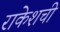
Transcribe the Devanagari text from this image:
राकेशची